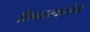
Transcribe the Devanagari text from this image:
शिवतरकरांना